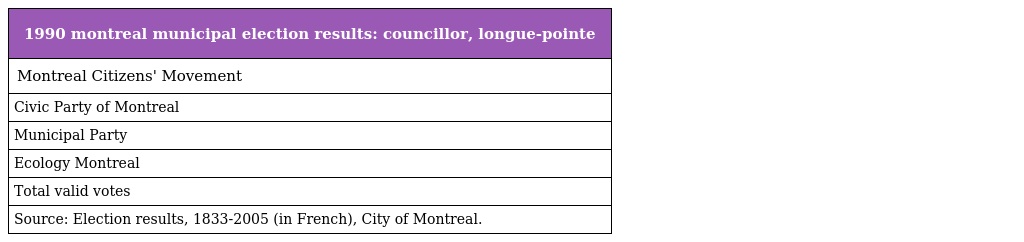
| 1990 montreal municipal election results: councillor, longue-pointe |
 | --- |
 | Montreal Citizens' Movement |
 | Civic Party of Montreal |
 | Municipal Party |
 | Ecology Montreal |
 | Total valid votes |
 | Source: Election results, 1833-2005 (in French), City of Montreal. |